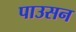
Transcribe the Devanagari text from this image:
पाउसन